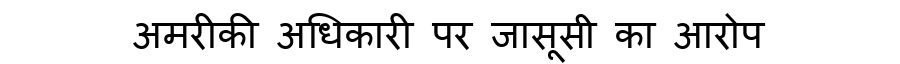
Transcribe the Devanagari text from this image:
अमरीकी अधिकारी पर जासूसी का आरोप